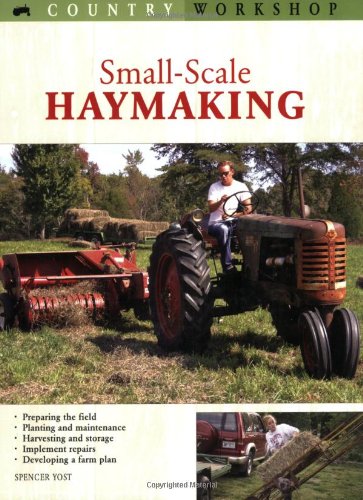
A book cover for Small-Scale Haymaking (Country Workshop); Spencer Yost; Science & Math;